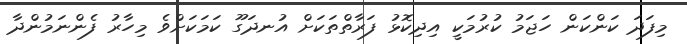
މިފަދަ ކަންކަން ހަޖަމު ކުރުމަކީ އިދިކޮޅު ފަރާތްތަކަށް އުނދަގޫ ކަމަކަށްވެ މިހާރު ފެންނަމުންދާ